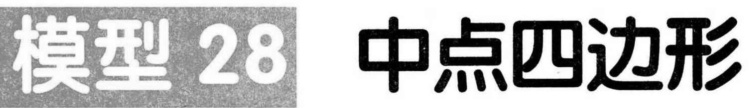
模型 28 中点四边形